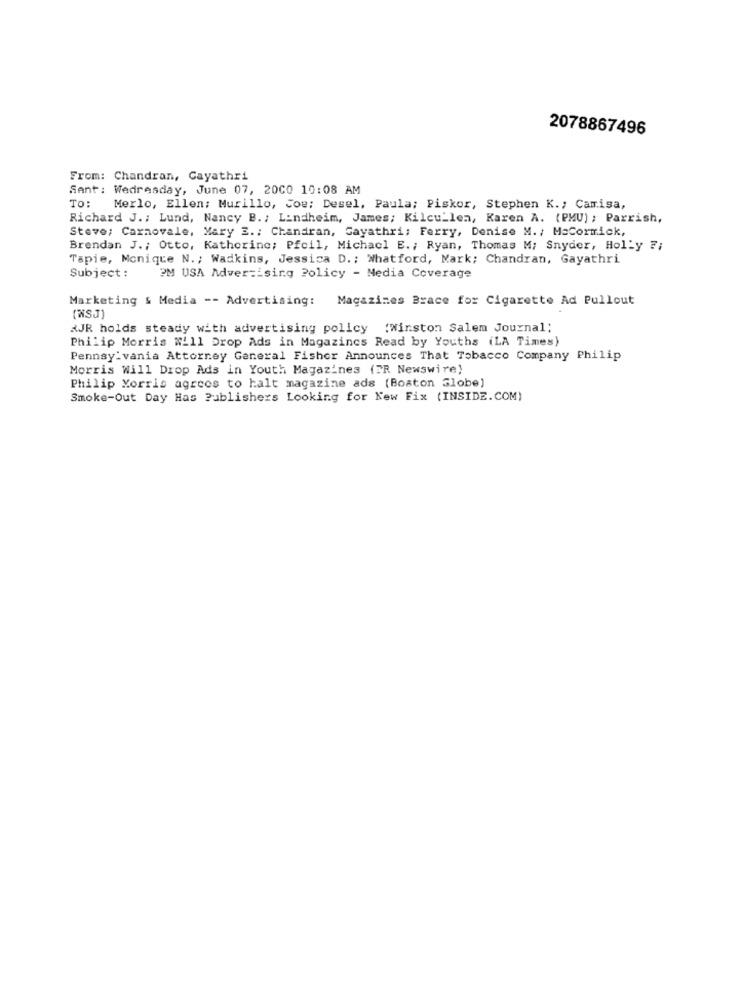
2078867496
From: Chandran, Gayathri
Sent: Wedresday, June 07, 2000 10:08 AM
TO:
Merlo, Ellen: Murillo, Joe: Desel, Paula; Piskor, Stephen K .; Camisa,
Richard J .: Lund, Nancy B. ; Lindheim, James; Kilcullen, Karen A. (PMU) ; Parrish,
Steve; Carnovale, Mary E .; Chandran, Gayathri; Ferry, Denise M. / MaCormick,
Brendan J .; Otto, Katherine; Pfeil, Michael E .; Ryan, Thomas M; Snyder, Holly 7;
Tapie, Monique N .; Wadkins, Jessica D .; Whatford, Mark; Chandran, Gayathri
Subject :
2M USA Advertising Policy - Media Coverage
Marketing & Media -- Advertising: Magazines Brace for Cigarette Ad Pullout
(WSJ)
¿JR holds steady with advertising policy (Winston Salem Journal;
Philip Morris Will Drop Ads in Magazines Read by Youths (LA Times)
Pennsylvania Attorney General Fisher Announces That Tobacco Company Philip
Morris Will Drop Ads in Youth Magazines (PR Newswire)
Philip Morris agrees to halt magazine ads (Boston Globe)
Smoke-Out Day Has Publishers Looking for New Fix (INSIDE.COM)